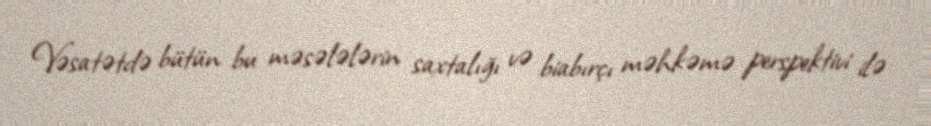
Vəsatətdə bütün bu məsələlərin saxtalığı və biabırçı məhkəmə perspektivi ilə